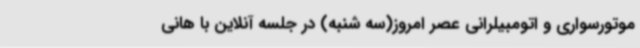
موتورسواری و اتومبیلرانی عصر امروز(سه شنبه) در جلسه آنلاین با هانی